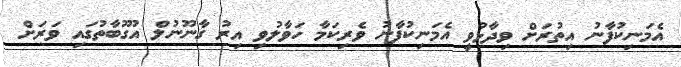
އެމަނިކުފާނު އިތުރަށް ވިދާޅުވީ އެމަނިކުފާނު ވެރިކަމާ ހަވާލުވި އިރު ގާނޫނުލް އުގޫބާތުގައި ވަރަށް